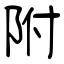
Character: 附